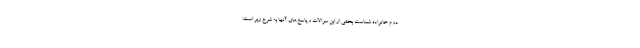
دوم خانواده شماست بخشی از این سوالات و پاسخ‌های آنها به شرح زیر است: